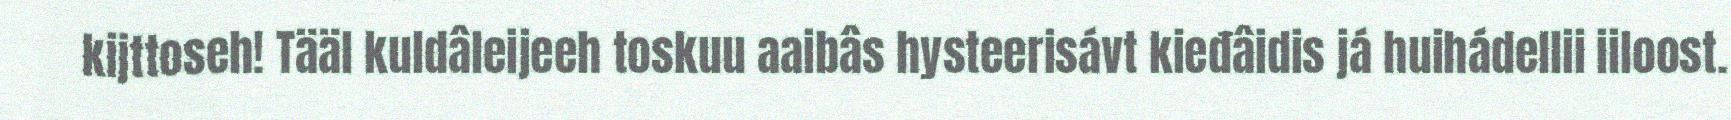
kijttoseh! Tääl kuldâleijeeh toskuu aaibâs hysteerisávt kieđâidis já huihádellii iiloost.